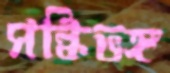
সন্ধিভঙ্গ